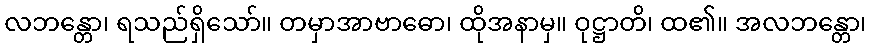
လဘန္တော၊ ရသည်ရှိသော်။ တမှာအာဗာဓော၊ ထိုအနာမှ။ ဝုဋ္ဌာတိ၊ ထ၏။ အလဘန္တော၊